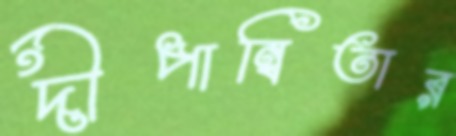
দীপান্বিতার